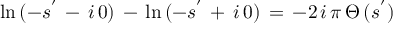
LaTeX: \ln \, ( - s ^ { ' } \, - \, i \, 0 ) \, - \, \ln \, ( - s ^ { ' } \, + \, i \, 0 ) \, = \, - 2 \, i \, \pi \, \Theta \, ( s ^ { ' } )